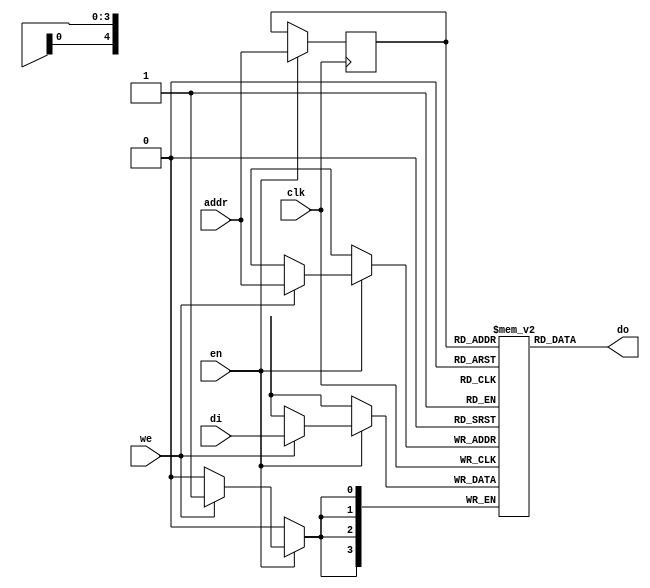
 module raminfr (clk, we, en, addr, di, do);
 input        clk;
 input        we;
 input        en;
 input  [4:0] addr;
 input  [3:0] di;
 output [3:0] do;
 reg    [3:0] RAM [31:0];
 reg    [4:0] read_addr;
 always @(posedge clk)
 begin
    if (en) begin
       if (we) 
   RAM[addr] <= di;
              read_addr <= addr;
    end
 end
    assign do = RAM[read_addr];
        endmodule